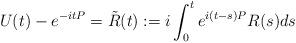
LaTeX: \begin{align*} U(t) -e^{-itP}=\tilde{R}(t) := i\int_0^t e^{i(t-s)P}R(s) ds \end{align*}